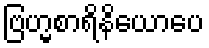
ဗြဟ္မစာရိနိယောပေ